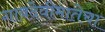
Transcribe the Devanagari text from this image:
गावदेवीमातेचा